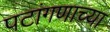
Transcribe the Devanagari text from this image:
पटांगणाच्या